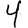
Digit: 4